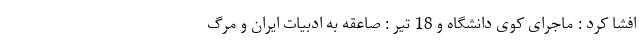
افشا کرد : ماجرای کوی دانشگاه و 18 تیر : صاعقه به ادبیات ایران و مرگ